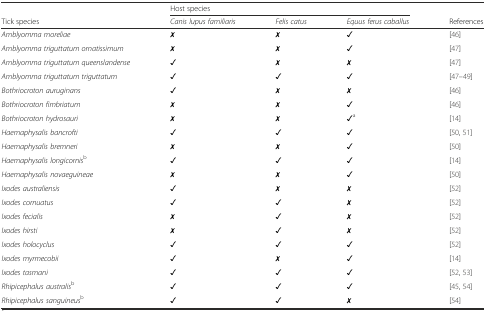
<table><thead><tr><td></td><td colspan="3"><b>Host species</b></td><td></td></tr><tr><td><b>Tick species</b></td><td><b><i>Canis lupus familiaris</i></b></td><td><b><i>Felis catus</i></b></td><td><b><i>Equus ferus caballus</i></b></td><td><b>References</b></td></tr></thead><tbody><tr><td><i>Amblyomma moreliae</i></td><td>✗</td><td>✗</td><td>✓</td><td>[46]</td></tr><tr><td><i>Amblyomma triguttatum ornatissimum</i></td><td>✗</td><td>✗</td><td>✓</td><td>[47]</td></tr><tr><td><i>Amblyomma triguttatum queenslandense</i></td><td>✓</td><td>✗</td><td>✗</td><td>[47]</td></tr><tr><td><i>Amblyomma triguttatum triguttatum</i></td><td>✓</td><td>✓</td><td>✓</td><td>[47–49]</td></tr><tr><td><i>Bothriocroton auruginans</i></td><td>✓</td><td>✗</td><td>✗</td><td>[46]</td></tr><tr><td><i>Bothriocroton fimbriatum</i></td><td>✗</td><td>✗</td><td>✓</td><td>[46]</td></tr><tr><td><i>Bothriocroton hydrosauri</i></td><td>✗</td><td>✗</td><td>✓<sup>a</sup></td><td>[14]</td></tr><tr><td><i>Haemaphysalis bancrofti</i></td><td>✓</td><td>✓</td><td>✓</td><td>[50, 51]</td></tr><tr><td><i>Haemaphysalis bremneri</i></td><td>✗</td><td>✗</td><td>✓</td><td>[50]</td></tr><tr><td><i>Haemaphysalis longicornis</i><sup>b</sup></td><td>✓</td><td>✓</td><td>✓</td><td>[14]</td></tr><tr><td><i>Haemaphysalis novaeguineae</i></td><td>✗</td><td>✗</td><td>✓</td><td>[50]</td></tr><tr><td><i>Ixodes australiensis</i></td><td>✓</td><td>✗</td><td>✗</td><td>[52]</td></tr><tr><td><i>Ixodes cornuatus</i></td><td>✓</td><td>✓</td><td>✗</td><td>[52]</td></tr><tr><td><i>Ixodes fecialis</i></td><td>✗</td><td>✓</td><td>✗</td><td>[52]</td></tr><tr><td><i>Ixodes hirsti</i></td><td>✗</td><td>✓</td><td>✗</td><td>[52]</td></tr><tr><td><i>Ixodes holocyclus</i></td><td>✓</td><td>✓</td><td>✓</td><td>[52]</td></tr><tr><td><i>Ixodes myrmecobii</i></td><td>✓</td><td>✗</td><td>✓</td><td>[14]</td></tr><tr><td><i>Ixodes tasmani</i></td><td>✓</td><td>✓</td><td>✓</td><td>[52, 53]</td></tr><tr><td><i>Rhipicephalus australis</i><sup>b</sup></td><td>✓</td><td>✓</td><td>✓</td><td>[45, 54]</td></tr><tr><td><i>Rhipicephalus sanguineus</i><sup>b</sup></td><td>✓</td><td>✓</td><td>✗</td><td>[54]</td></tr></tbody></table>